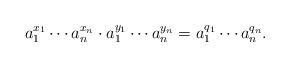
LaTeX: \begin{align*}a_1^{x_1}\cdots a_n^{x_n} \cdot a_1^{y_1} \cdots a_n^{y_n} = a_1^{q_1} \cdots a_n^{q_n}.\end{align*}